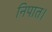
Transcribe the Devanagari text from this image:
निपात।